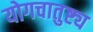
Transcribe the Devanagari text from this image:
योगचातुष्ट्य